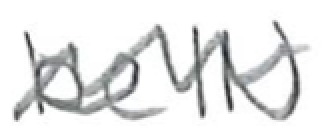
Text: beIN
Cross-out: mix
Writing tool: digital_black